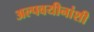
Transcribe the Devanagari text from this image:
अल्पवयीनांशी